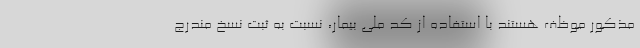
مذکور موظف هستند با استفاده از کد ملی بیمار، نسبت به ثبت نسخ مندرج